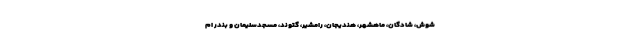
شوش، شادگان، ماهشهر، هندیجان، رامشیر، گتوند، مسجدسلیمان و بندر ام